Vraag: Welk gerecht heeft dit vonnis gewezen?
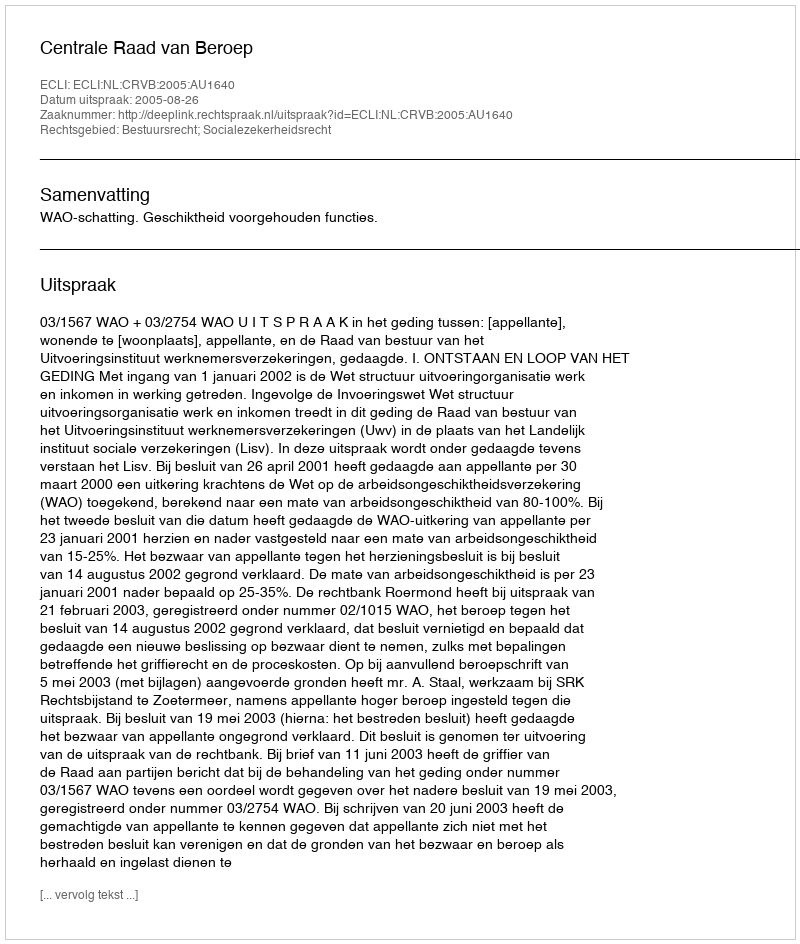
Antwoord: Centrale Raad van Beroep